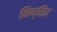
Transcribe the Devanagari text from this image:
निष्ठित